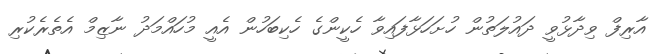
އާރިފް ވިދާޅުވީ ދައުލަތުން ހުށަހަޅާފައިވާ ހެކީންގެ ހެކިބަހުން އެއީ މުހައްމަދު ނާޒިމް އެތެރެކުރި